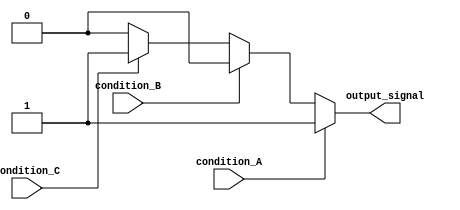
module multiple_if_else (
  input wire condition_A,
  input wire condition_B,
  input wire condition_C,
  output reg output_signal
);

always @* begin
  if (condition_A) begin
    // code block for condition A
    output_signal = 1'b1;
  end else if (condition_B) begin
    // code block for condition B
    output_signal = 1'b0;
  end else if (condition_C) begin
    // code block for condition C
    output_signal = 1'b1;
  end else begin
    // default code block
    output_signal = 1'b0;
  end
end

endmodule